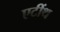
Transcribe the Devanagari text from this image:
एटींथ